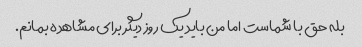
بله حق با شماست اما من باید یک روز دیگر برای مشاهده بمانم.